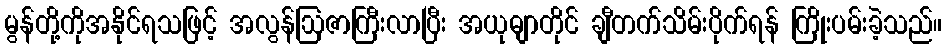
မွန်တို့ကိုအနိုင်ရသဖြင့် အလွန်ဩဇာကြီးလာပြီး အယုဓျာတိုင် ချီတက်သိမ်းပိုက်ရန် ကြိုးပမ်းခဲ့သည်။